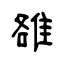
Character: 雒